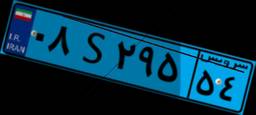
۴۳S۱۷۸۷۵